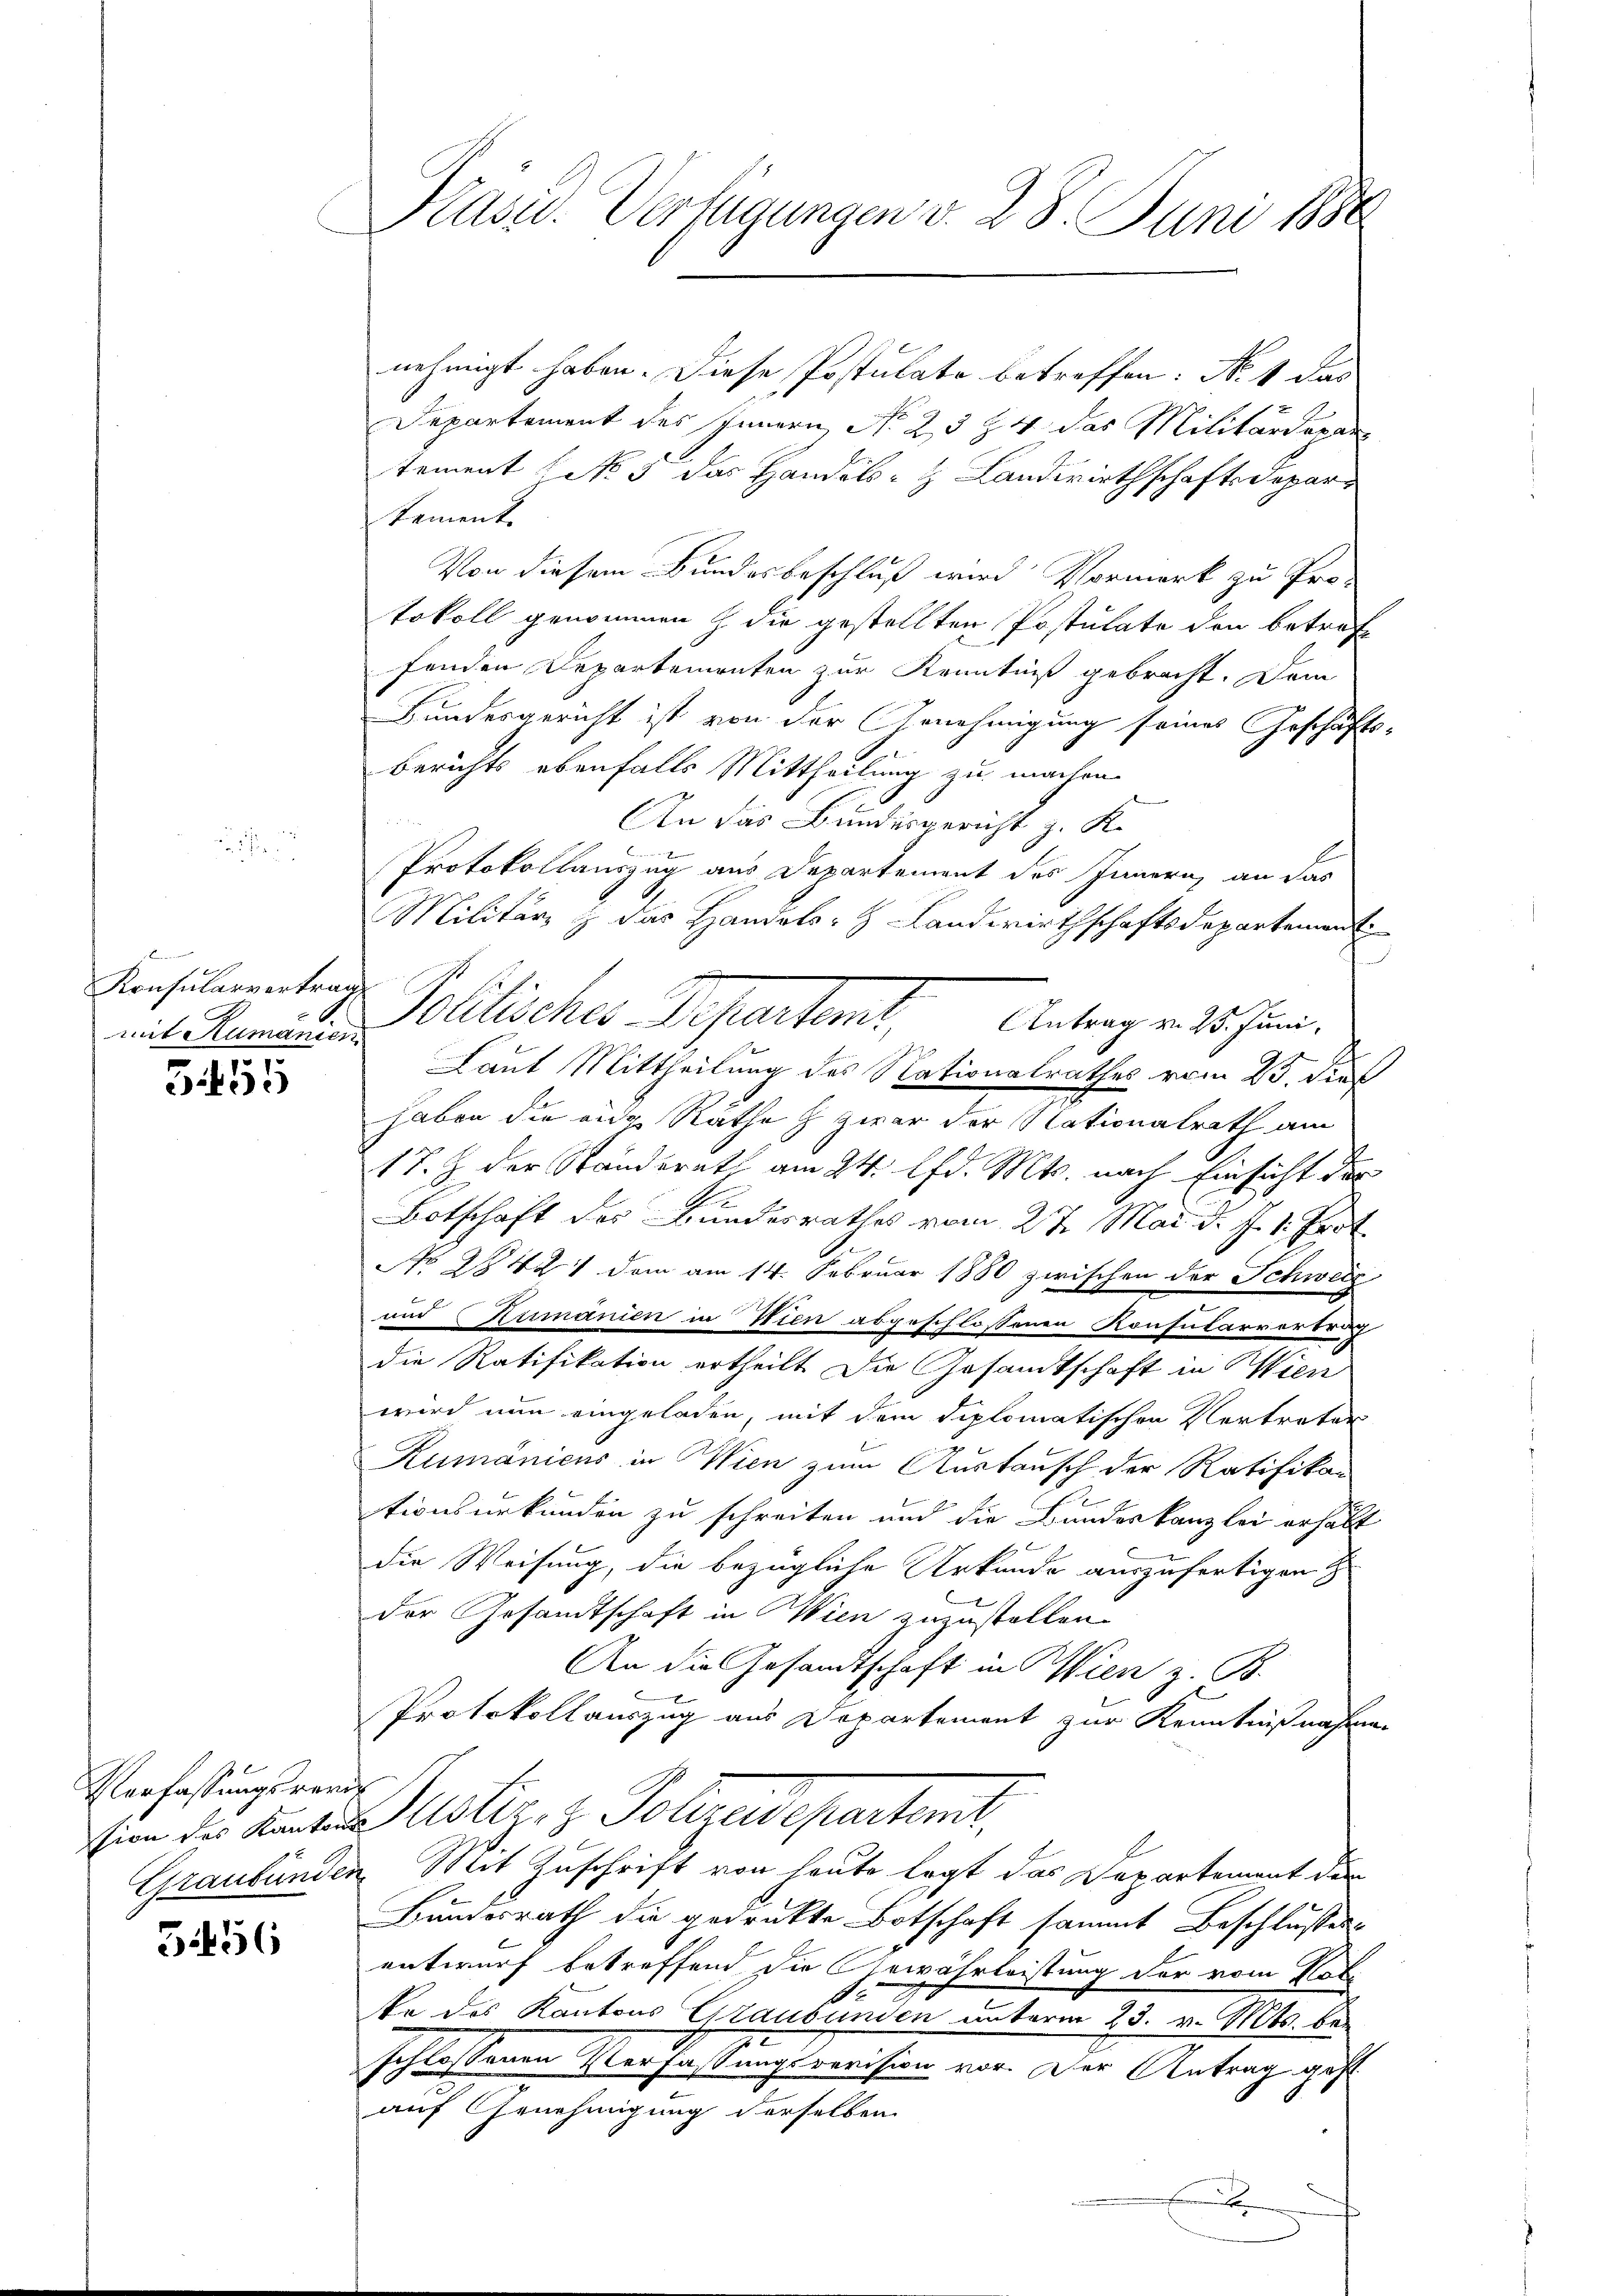
Konsularvertrag
mit Rumanien

555

Verfassungsverd

3456

Präsid. Verfügungen v. 28. Juni 1880

nehmigt haben. Diese Postulate betreffen: No 1 das
Departement des Innern, No 25 § 4 das Militärdepar
tement No 5 das Handels- & Landwirthschaftsdepar
tement
Von diesem Bundesbeschluß wird Vormerk zu Pro-
tokoll genommen & die gestellten Postulate den betreff
fenden Departementen zur Kenntniß gebracht. Dem
.
Bundesgericht ist von der Annehmigung seines Geschäfts-
Berichts ebenfalls Mittheilung zu machen
An das Bundesgericht z. K.
Protokollauszug aus Departement des Innern, an das
Militärs & das Handels- Landwirthschaftsdepartement
d
h
Laut Mittheilung des Nationalrathes vom 23. dieß
haben die ein Räthe h zwar der Nationalrath am
17. J. der Standerath am 24. lfd. Mts. nach Einsicht der
.
Botschaft der Bundesrathes vom 27. Mai d. J. 1. Jant
G.
No 28421 dem am 14. Februar 1880 zwischen der Schweiz
und Primanien in Wien abgeschlossenen Konsularvertrag
die Ratifikation ertheilt. Die Gesandtschaft in Wien
wird nun eingeladen, mit dem diplomatischen Vertreter
Rumänicus in Wien zum Austausch der Ratifikan
tionsurkunden zu schreiten und die Bundeskanzlei erhält
E
die Weisung, die bezügliche Urkunde auszufertigen
der Gesandtschaft in Wien zuzustellen.
An die Gesandtschaft in Wien z. B.
Protokollauszug aus Departement zur Kenntnißnahmen
Eine des Kanton Justiz, z. Polizeideparterit,
Graubünden Mit Zuschrift von heute legt das Departement der
Bundesrath die gedrukte Botschaft sammt Beschlusses
entwurf betreffend die Gewährleistung der vom Plat
ke des Kantons Graubünden unterm 23. v. Mts. bei
schlossenen Verfassungsrevision vor. Der Antrag gest
auf Genehmigung derselben

Polliches Departant. Antrage sehen.